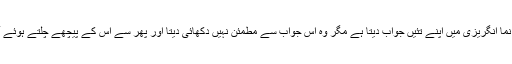
حسن نواز واپس آتا ہے اور وہ بھی گلابی بلکہ پنجابی نما انگریزی میں اپنے تئیں جواب دیتا ہے مگر وہ اس جواب سے مطمئن نہیں دکھائی دیتا اور پھر سے اس کے پیچھے چلتے ہوئے آوازے کستا رہتا ہے وہ بھی اسی گلابی انگریزی میں۔